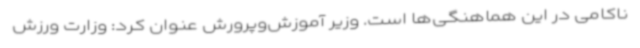
ناکامی در این هماهنگی‌ها است. وزیر آموزش‌وپرورش عنوان کرد: وزارت ورزش